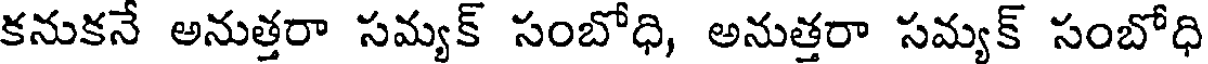
కనుకనే అనుత్తరా సమ్యక్ సంబోధి, అనుత్తరా సమ్యక్ సంబోధి